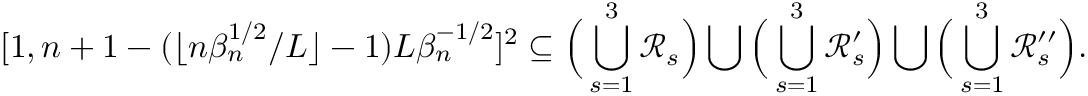
[ 1 , n + 1 - ( \lfloor n \beta _ { n } ^ { 1 \slash 2 } \slash L \rfloor - 1 ) L \beta _ { n } ^ { - 1 \slash 2 } ] ^ { 2 } \subseteq \Big ( \bigcup _ { s = 1 } ^ { 3 } \mathcal { R } _ { s } \Big ) \bigcup \Big ( \bigcup _ { s = 1 } ^ { 3 } \mathcal { R } _ { s } ^ { \prime } \Big ) \bigcup \Big ( \bigcup _ { s = 1 } ^ { 3 } \mathcal { R } _ { s } ^ { \prime \prime } \Big ) .